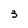
Character: 3